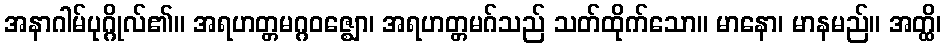
အနာဂါမ်ပုဂ္ဂိုလ်၏။ အရဟတ္တမဂ္ဂဝဇ္ဈော၊ အရဟတ္တမဂ်သည် သတ်ထိုက်သော။ မာနော၊ မာနမည်။ အတ္ထိ၊